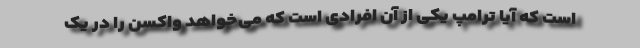
است که آیا ترامپ یکی از آن افرادی است که می‌خواهد واکسن را در یک